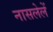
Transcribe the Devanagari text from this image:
नासलेलें